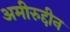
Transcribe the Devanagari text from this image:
अमीरुद्दीन